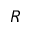
R